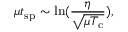
\mu t _ { \mathrm { s p } } \sim \ln ( \frac { \eta } { \sqrt { \mu T _ { \mathrm { c } } } } ) ,